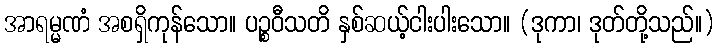
အာရမ္မဏံ အစရှိကုန်သော။ ပဉ္စဝီသတိ နှစ်ဆယ့်ငါးပါးသော။ (ဒုကာ၊ ဒုတ်တို့သည်။)